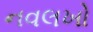
નવલખો